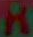
H